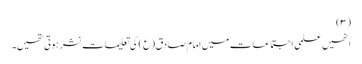
(۳)
انھیں علمی اجتماعات میں امام صادق(ع) کی تعلیمات نشر ہوتی تھیں۔